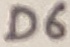
Text: D6